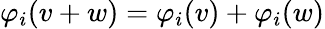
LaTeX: \varphi_{i}(v+w)=\varphi_{i}(v)+\varphi_{i}(w)